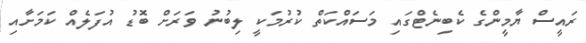
ރައީސް ޔާމީންގެ ކެބިނެޓްގައި މަސައްކަތް ކުރުމަކީ ލިބުނު ވަރަށް ބޮޑު އުފަލެއް ކަމަށާއި